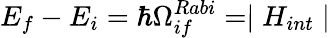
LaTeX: E_{f}-E_{i}=\hbar\Omega_{if}^{Rabi}=\mid H_{int}\mid